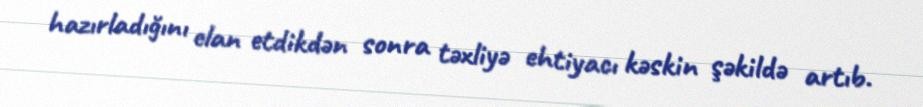
hazırladığını elan etdikdən sonra təxliyə ehtiyacı kəskin şəkildə artıb.